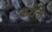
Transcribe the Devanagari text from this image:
करीतो